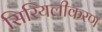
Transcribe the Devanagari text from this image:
सिरियलीकरण